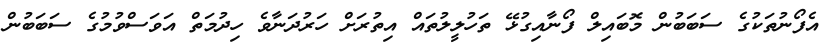
އެފޯނުތަކުގެ ސަބަބުން މޮބައިލް ފޯނާއިގުޅޭ ތަހުލީލުތައް އިތުރަށް ހަރުދަނާވެ ހިދުމަތް އަވަސްވުމުގެ ސަބަބުން